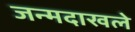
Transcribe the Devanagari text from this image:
जन्मदाखले